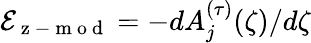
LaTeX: \mathcal{E}_{\mathrm{~z~-~m~o~d~}}=-dA_{j}^{(\tau)}(\zeta)/d\zeta